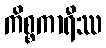
ကိစ္စကာရီဿ